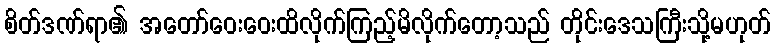
စိတ်ဒဏ်ရာ၏ အတော်ဝေးဝေးထိလိုက်ကြည့်မိလိုက်တော့သည် တိုင်းဒေသကြီးသို့မဟုတ်